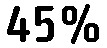
45%